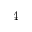
{ 4 }